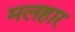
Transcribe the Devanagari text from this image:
मलहार